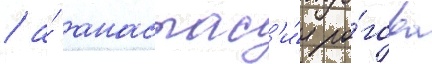
/ а́ анастас'и́я ро́гова